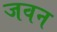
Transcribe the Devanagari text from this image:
जवन